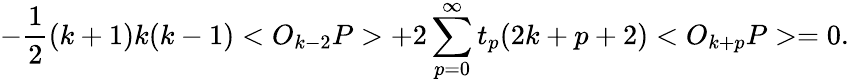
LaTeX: -\frac{1}{2}(k+1)k(k-1)<O_{k-2}P>+2\sum_{p=0}^{\infty}t_{p}(2k+p+2)<O_{k+p}P>=0.